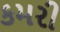
કમરી